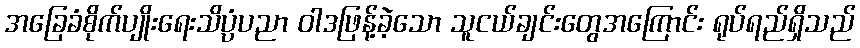
အခြေခံစိုက်ပျိုးရေးသိပ္ပံပညာ ဝါဒဖြန့်ခဲ့သော သူငယ်ချင်းတွေအကြောင်း ရုပ်ရည်ရှိသည်